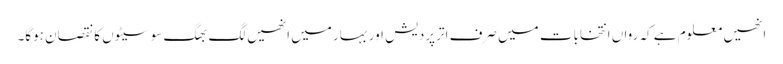
انھیں معلوم ہے کہ رواں انتخابات میں صرف اترپردیش اور بہار میں انھیں لگ بھگ سو سیٹوں کا نقصان ہوگا۔